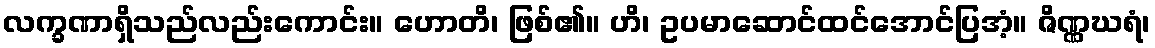
လက္ခဏာရှိသည်လည်းကောင်း။ ဟောတိ၊ ဖြစ်၏။ ဟိ၊ ဥပမာဆောင်ထင်အောင်ပြအံ့။ ဇိဏ္ဏဃရံ၊